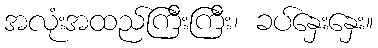
အလုံးအထည်ကြီးကြီး၊ ခပ်နှေးနှေး။